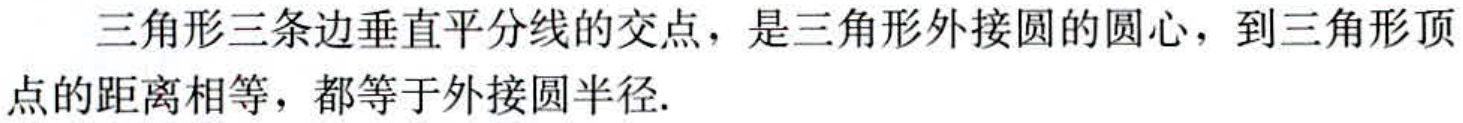
三角形三条边垂直平分线的交点，是三角形外接圆的圆心，到三角形顶点的距离相等，都等于外接圆半径.